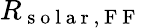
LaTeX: R_{\mathrm{~s~o~l~a~r~,~F~F~}}